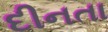
દીનતા